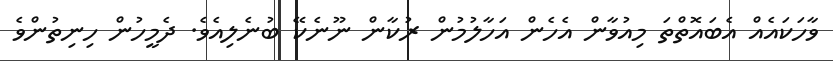
ވާހަކައެއް އެބައޮތްތަ މިއުވާން އެހެން އަހާލުމުން ރުކާން ނޫނެކޭ ބުނެލިއެވެ. ދެމީހުން ހިނިތުންވެ